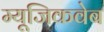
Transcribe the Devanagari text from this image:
म्यूजिकवेब